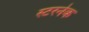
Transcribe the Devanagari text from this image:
स्टरनेक